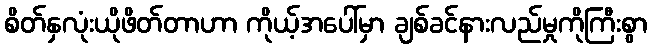
စိတ်နှလုံးယိုဖိတ်တာဟာ ကိုယ့်အပေါ်မှာ ချစ်ခင်နားလည်မှုကိုကြီးစွာ